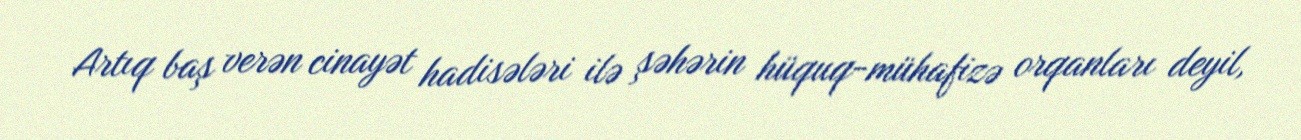
Artıq baş verən cinayət hadisələri ilə şəhərin hüquq-mühafizə orqanları deyil,